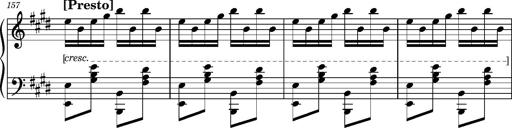
Title: Ungarischer Romanzero
Composer: Franz Liszt